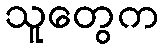
သူတွေက